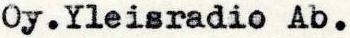
Oy. Yleisradio Ab.